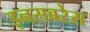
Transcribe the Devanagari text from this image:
इनसबरेस